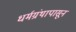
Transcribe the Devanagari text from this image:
धर्मग्रंथापासून